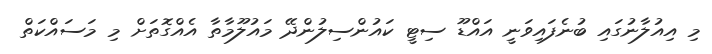
މި އިއުލާނުގައި ބުނެފައިވަނީ އައްޑޫ ސިޓީ ކައުންސިލުންދޭ މައުލޫމާތާ އެއްގޮތަށް މި މަސައްކަތް